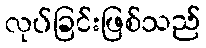
လုပ်ခြင်းဖြစ်သည်